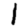
Digit: 1